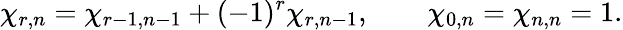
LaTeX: \chi_{r,n}=\chi_{r-1,n-1}+(-1)^{r}\chi_{r,n-1},\qquad\chi_{0,n}=\chi_{n,n}=1.